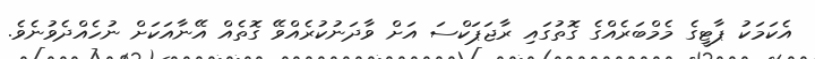
އެކަމަކު ޕާޓީގެ މެމްބަރެއްގެ ގޮތުގައި ރާޖަޕަކްސަ އަށް ވާދަނުކުރެއްވޭ ގޮތެއް އޭނާއަކަށް ނުހެއްދެވުނެވެ.